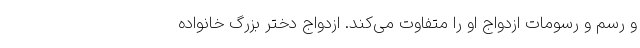
و رسم و رسومات ازدواج او را متفاوت می‌کند. ازدواج دختر بزرگ خانواده